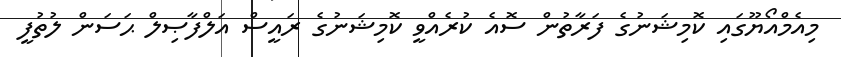
މިއެމްއޯޔޫގައި ކޮމިޝަނުގެ ފަރާތުން ސޮއެ ކުރެއްވީ ކޮމިޝަނުގެ ރައީސް އަލްފާޞިލް ޙަސަން ލުތުފީ